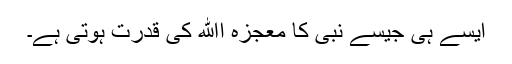
ایسے ہی جیسے نبی کا معجزہ اﷲ کی قدرت ہوتی ہے۔